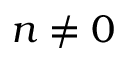
n \neq 0